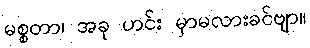
မစ္စတာ၊ အခု ဟင်း မှာမလားခင်ဗျာ။